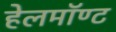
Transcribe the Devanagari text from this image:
हेलमॉण्ट